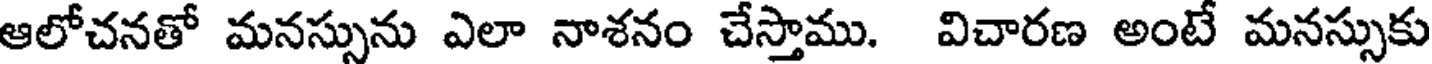
ఆలోచనతో మనస్సును ఎలా నాశనం చేస్తాము. విచారణ అంటే మనస్సుకు